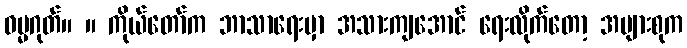
ဓမ္မဂုတ်။ ။ ကိုယ်တော်က ဘာသာရေးမှာ အသားကျအောင် ရေးလိုက်တော့ အများစုက